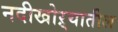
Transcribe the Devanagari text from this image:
नदीखोऱ्यातील